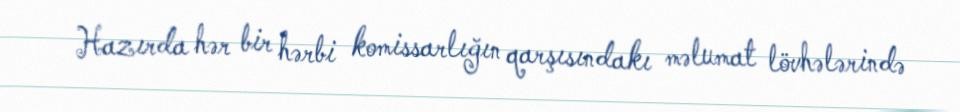
Hazırda hər bir hərbi komissarlığın qarşısındakı məlumat lövhələrində